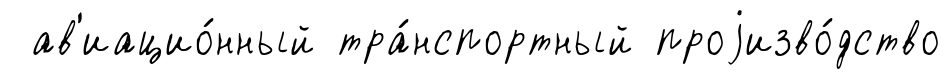
ав'иацио́нный тра́нспортный проjизво́дство